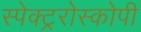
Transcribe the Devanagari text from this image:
स्पेक्ट्ररोस्कोपी